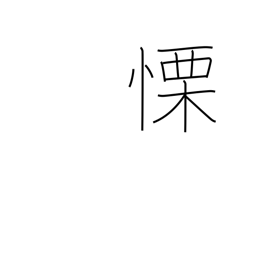
Meaning: fear